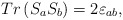
\begin{align*}Tr\left( S_{a}S_{b}\right) =2\varepsilon _{ab},\end{align*}